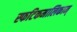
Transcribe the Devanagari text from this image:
स्फटिकमालिकाम्